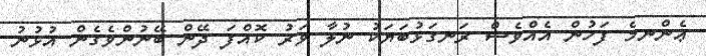
ޢެންނމެ ފަހުން އެއްވެސް ރަނގަޅުބަޔަކު ނުލާ ވަރު ކޮއްފަ ދޭން ބޭނުންވެގެން އުޅުނު